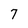
Character: 7